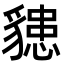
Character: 𧴊